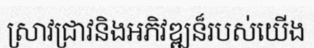
ស្រាវជ្រាវនិងអភិវឌ្ឍន៏របស់យើង